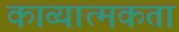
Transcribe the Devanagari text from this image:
काव्‍यात्‍मकता